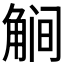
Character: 𰴥